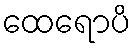
ထေရောပိ